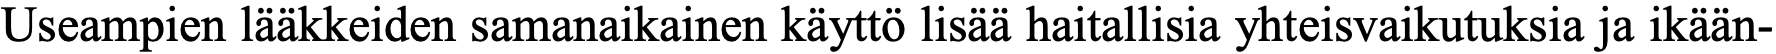
Useampien lääkkeiden samanaikainen käyttö lisää haitallisia yhteisvaikutuksia ja ikään-